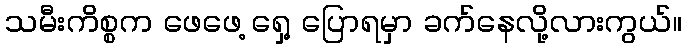
သမီးကိစ္စက ဖေဖေ့ ရှေ့ ပြောရမှာ ခက်နေလို့လားကွယ်။